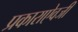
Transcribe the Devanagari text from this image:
प्रकाराऐवजी